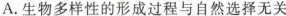
A.生物多样性的形成过程与自然选择无关